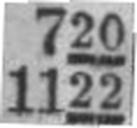
1122